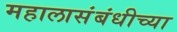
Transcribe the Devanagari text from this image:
महालासंबंधीच्या